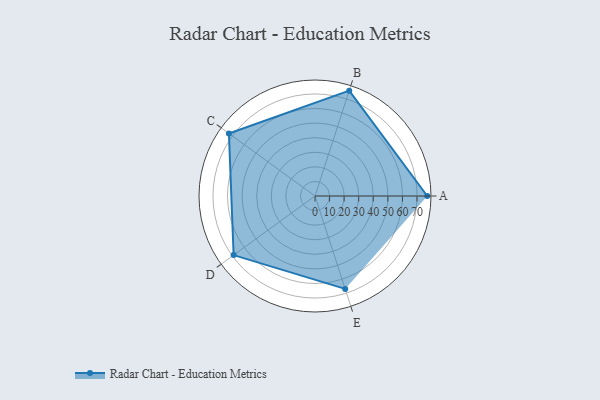
{"axis": {"x": "Skill", "y": "Score"}, "legend": ["Profile"], "data": [{"x": "A", "y": 77.0, "type": "Profile"}, {"x": "B", "y": 76.0, "type": "Profile"}, {"x": "C", "y": 73.0, "type": "Profile"}, {"x": "D", "y": 69.0, "type": "Profile"}, {"x": "E", "y": 67.0, "type": "Profile"}]}